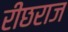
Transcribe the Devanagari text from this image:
रीछराज